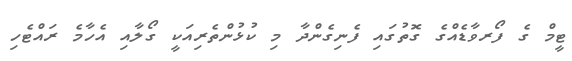
ޓީމް ގެ ފޯރވާޑެއްގެ ގޮތުގައި ފެނިގެންދާ މި ކުޅުންތެރިއަކީ ގޯލާއި އެހާމެ ރައްޓެހި